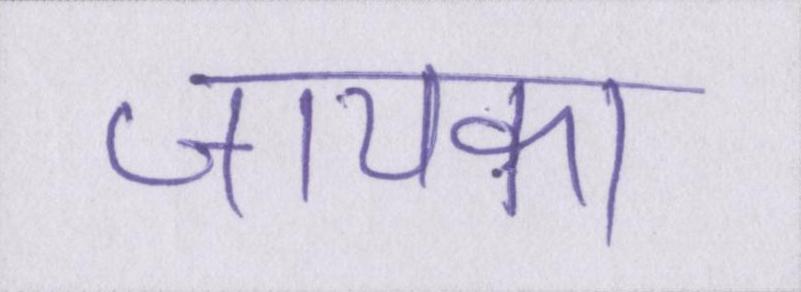
जायका